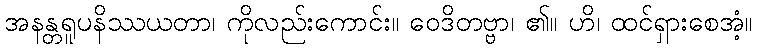
အနန္တရူပနိဿယတာ၊ ကိုလည်းကောင်း။ ဝေဒိတဗ္ဗာ၊ ၏။ ဟိ၊ ထင်ရှားစေအံ့။